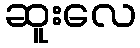
ဆူးလေ